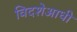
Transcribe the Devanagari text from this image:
विदशेआधी